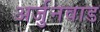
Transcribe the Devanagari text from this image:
अर्जुनवाड